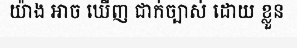
យ៉ាង អាច ឃើញ ជាក់ច្បាស់ ដោយ ខ្លួន